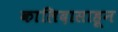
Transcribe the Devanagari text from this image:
कालिदासाहून